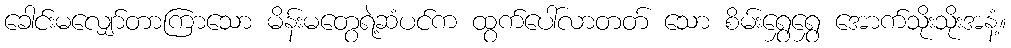
ခေါင်းမလျှော်တာကြာသော မိန်းမတွေရဲ့ဆံပင်က ထွက်ပေါ်လာတတ် သော စိမ်းရွှေရွှေ အောက်သိုးသိုးအနံ့။